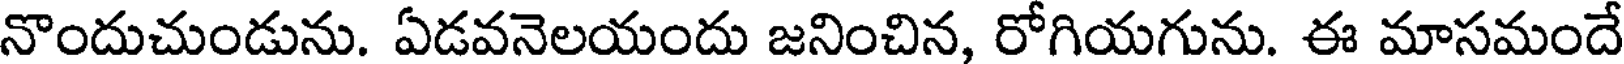
నొందుచుండును. ఏడవనెలయందు జనించిన, రోగియగును. ఈ మాసమందే